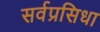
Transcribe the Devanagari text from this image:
सर्वप्रसिधा